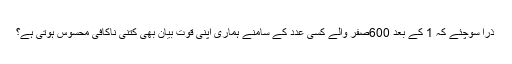
ذرا سوچئے کہ 1 کے بعد 600صفر والے کسی عدد کے سامنے ہماری اپنی قوت بیان بھی کتنی ناکافی محسوس ہوتی ہے؟